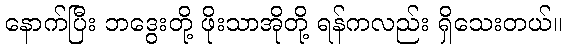
နောက်ပြီး ဘဒွေးတို့ ဖိုးသာအိုတို့ ရန်ကလည်း ရှိသေးတယ်။